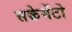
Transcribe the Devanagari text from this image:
सक्रेमेंटो